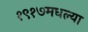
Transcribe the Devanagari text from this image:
१९१७मधल्या